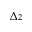
\Delta z